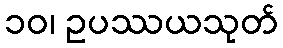
၁၀၊ ဥပဿယသုတ်